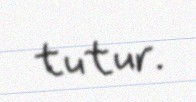
tutur.